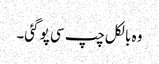
وہ بالکل چپ سی پو گئی۔